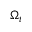
\Omega _ { t }